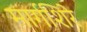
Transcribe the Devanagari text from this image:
मार्गशिरे